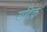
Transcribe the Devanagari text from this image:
सदिक़